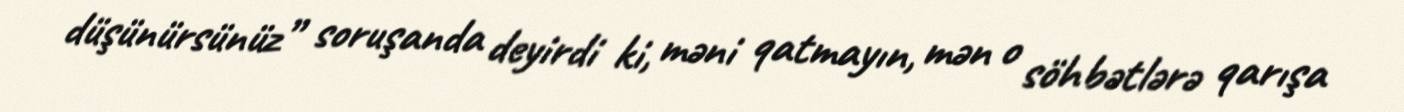
düşünürsünüz” soruşanda deyirdi ki, məni qatmayın, mən o söhbətlərə qarışa